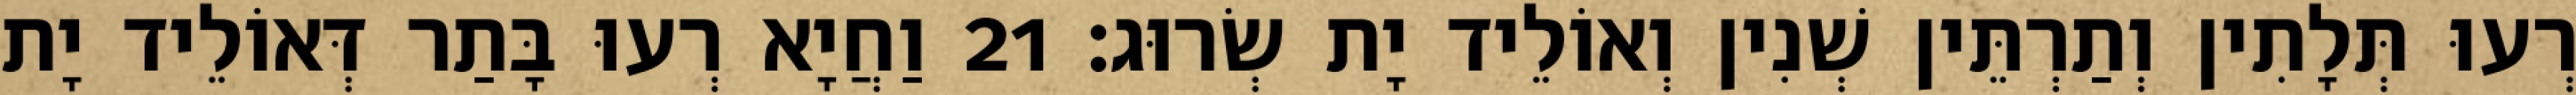
רְעוּ תְּלָתִין וְתַרְתֵּין שְׁנִין וְאוֹלֵיד יָת שְׂרוּג׃ 21 וַחֲיָא רְעוּ בָּתַר דְּאוֹלֵיד יָת